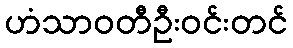
ဟံသာဝတီဦးဝင်းတင်